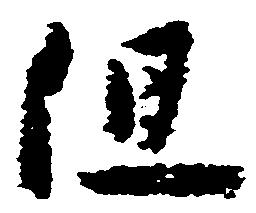
但